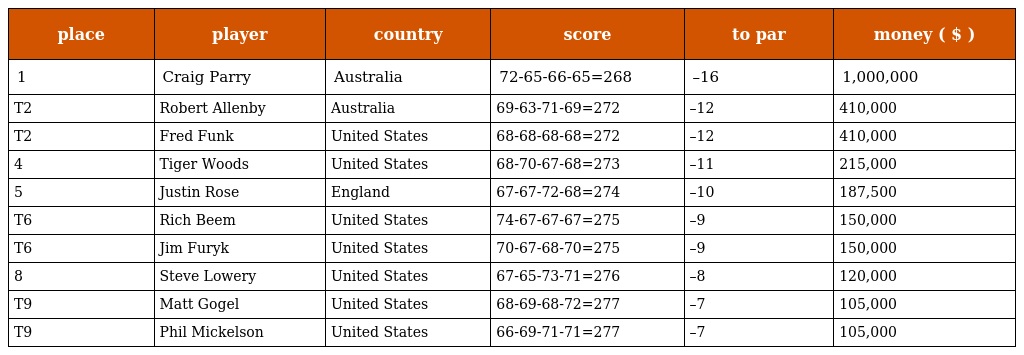
| place | player | country | score | to par | money ( $ ) |
 | --- | --- | --- | --- | --- | --- |
 | 1 | Craig Parry | Australia | 72-65-66-65=268 | –16 | 1,000,000 |
 | T2 | Robert Allenby | Australia | 69-63-71-69=272 | –12 | 410,000 |
 | T2 | Fred Funk | United States | 68-68-68-68=272 | –12 | 410,000 |
 | 4 | Tiger Woods | United States | 68-70-67-68=273 | –11 | 215,000 |
 | 5 | Justin Rose | England | 67-67-72-68=274 | –10 | 187,500 |
 | T6 | Rich Beem | United States | 74-67-67-67=275 | –9 | 150,000 |
 | T6 | Jim Furyk | United States | 70-67-68-70=275 | –9 | 150,000 |
 | 8 | Steve Lowery | United States | 67-65-73-71=276 | –8 | 120,000 |
 | T9 | Matt Gogel | United States | 68-69-68-72=277 | –7 | 105,000 |
 | T9 | Phil Mickelson | United States | 66-69-71-71=277 | –7 | 105,000 |